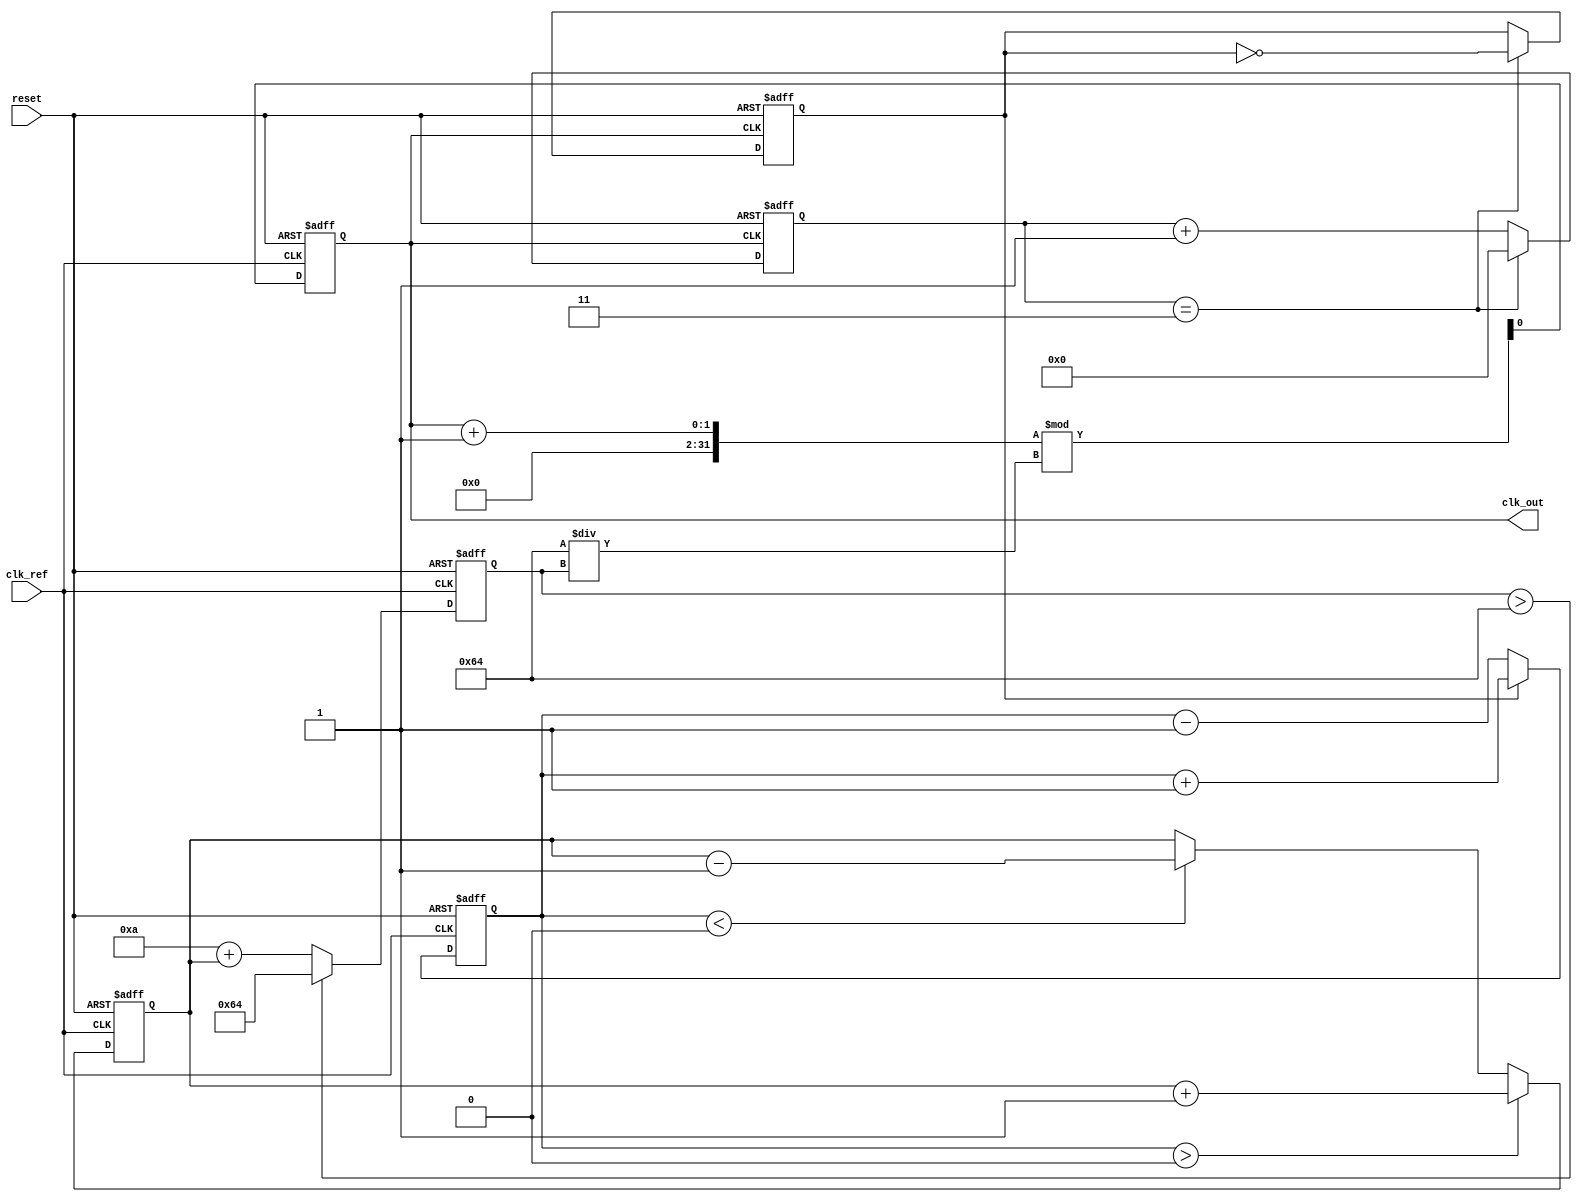
module dual_loop_pll (
    input wire clk_ref,            // Reference clock input
    input wire reset,              // Reset signal
    output reg clk_out             // Output clock
);

// Parameters for the PLL
parameter DIV_RATIO = 4;          // Frequency division ratio
parameter VCO_MAX_FREQ = 100;     // Maximum VCO frequency
parameter VCO_MIN_FREQ = 10;      // Minimum VCO frequency

// Internal signals
reg [7:0] phase_error;            // Phase error signal
reg [7:0] control_voltage;         // Control voltage for VCO
reg vco_clk;                       // VCO output clock
reg [7:0] loop_filter_fast;        // Fast loop filter output
reg [7:0] loop_filter_slow;        // Slow loop filter output
reg [7:0] vco_freq;               // VCO frequency

// Phase Detector (PD)
always @(posedge clk_ref or posedge reset) begin
    if (reset) begin
        phase_error <= 0;
    end else begin
        // Simple phase detection logic (for illustration)
        // Compare reference clock with divided VCO clock
        if (vco_clk) begin
            phase_error <= phase_error + 1; // Increment error
        end else begin
            phase_error <= phase_error - 1; // Decrement error
        end
    end
end

// Charge Pump (CP)
always @(posedge clk_ref or posedge reset) begin
    if (reset) begin
        control_voltage <= 0;
    end else begin
        // Charge or discharge based on phase error
        if (phase_error > 0) begin
            control_voltage <= control_voltage + 1; // Charge
        end else if (phase_error < 0) begin
            control_voltage <= control_voltage - 1; // Discharge
        end
    end
end

// Loop Filter
always @(posedge clk_ref or posedge reset) begin
    if (reset) begin
        loop_filter_fast <= 0;
        loop_filter_slow <= 0;
    end else begin
        // Fast loop filter (simple averaging)
        loop_filter_fast <= (loop_filter_fast + control_voltage) >> 1;

        // Slow loop filter (integrating)
        loop_filter_slow <= loop_filter_slow + loop_filter_fast;
    end
end

// Voltage-Controlled Oscillator (VCO)
always @(posedge clk_ref or posedge reset) begin
    if (reset) begin
        vco_freq <= VCO_MIN_FREQ; // Start at minimum frequency
        clk_out <= 0;
    end else begin
        // Adjust VCO frequency based on control voltage
        vco_freq <= VCO_MIN_FREQ + control_voltage; // Simplified control
        if (vco_freq > VCO_MAX_FREQ) begin
            vco_freq <= VCO_MAX_FREQ; // Limit to max frequency
        end
        
        // Generate VCO clock based on frequency (simplified)
        clk_out <= (clk_out + 1) % (VCO_MAX_FREQ / vco_freq);
    end
end

// Frequency Divider
reg [3:0] divider_count; // Counter for frequency division
always @(posedge clk_out or posedge reset) begin
    if (reset) begin
        divider_count <= 0;
        vco_clk <= 0;
    end else begin
        if (divider_count == DIV_RATIO - 1) begin
            vco_clk <= ~vco_clk; // Toggle output clock
            divider_count <= 0;
        end else begin
            divider_count <= divider_count + 1;
        end
    end
end

endmodule